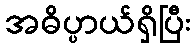
အဓိပ္ပာယ်ရှိပြီး